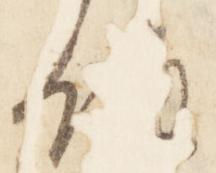
領